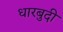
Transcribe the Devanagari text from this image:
धारबुदी